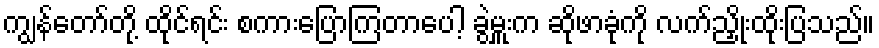
ကျွန်တော်တို့ ထိုင်ရင်း စကားပြောကြတာပေါ့ ခွဲမှူးက ဆိုဖာခုံကို လက်ညှိုးထိုးပြသည်။